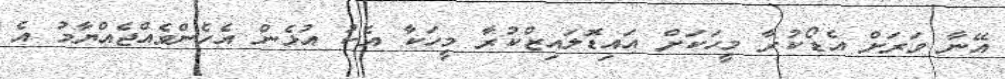
އޭނާ ވަރަށް އެޑޯކުރާ މީހަކަށް އައިޑޮލައިޒްކުރާ މީހަކާ އެކު އުޅެން އެހެންވެއްޖެއްޔާމު އެ